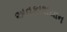
અવકાશયાન